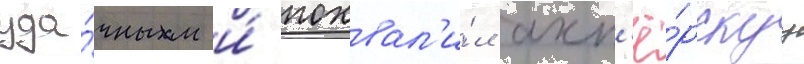
уда́чным и́ похвал'и́л акт'ё́рскуу